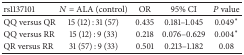
| rs1137101 | N = ALA (control) | OR | 95% CI | P value |
 | --- | --- | --- | --- | --- |
 | QQ versus QR | 15 (12) : 31 (57) | 0.435 | 0.181–1.045 | 0.049∗ |
 | QQ versus RR | 15 (12) : 9 (33) | 0.218 | 0.076–0.629 | 0.004∗ |
 | QR versus RR | 31 (57) : 9 (33) | 0.501 | 0.213–1.182 | 0.08 |